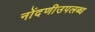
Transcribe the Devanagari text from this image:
नोंदणीउपलब्ध